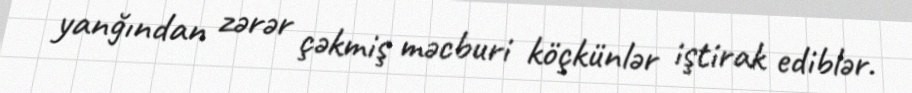
yanğından zərər çəkmiş məcburi köçkünlər iştirak ediblər.